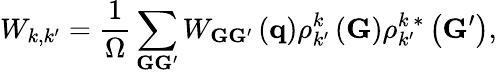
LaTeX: W_{k,k^{\prime}}=\frac{1}{\Omega}\sum_{{\mathbf G}{\mathbf G}^{\prime}}W_{{\mathbf G}{\mathbf G}^{\prime}}\left({\mathbf q}\right)\rho_{k^{\prime}}^{k}\left({\mathbf G}\right)\rho_{k^{\prime}}^{k\, *}\left({\mathbf G}^{\prime}\right),